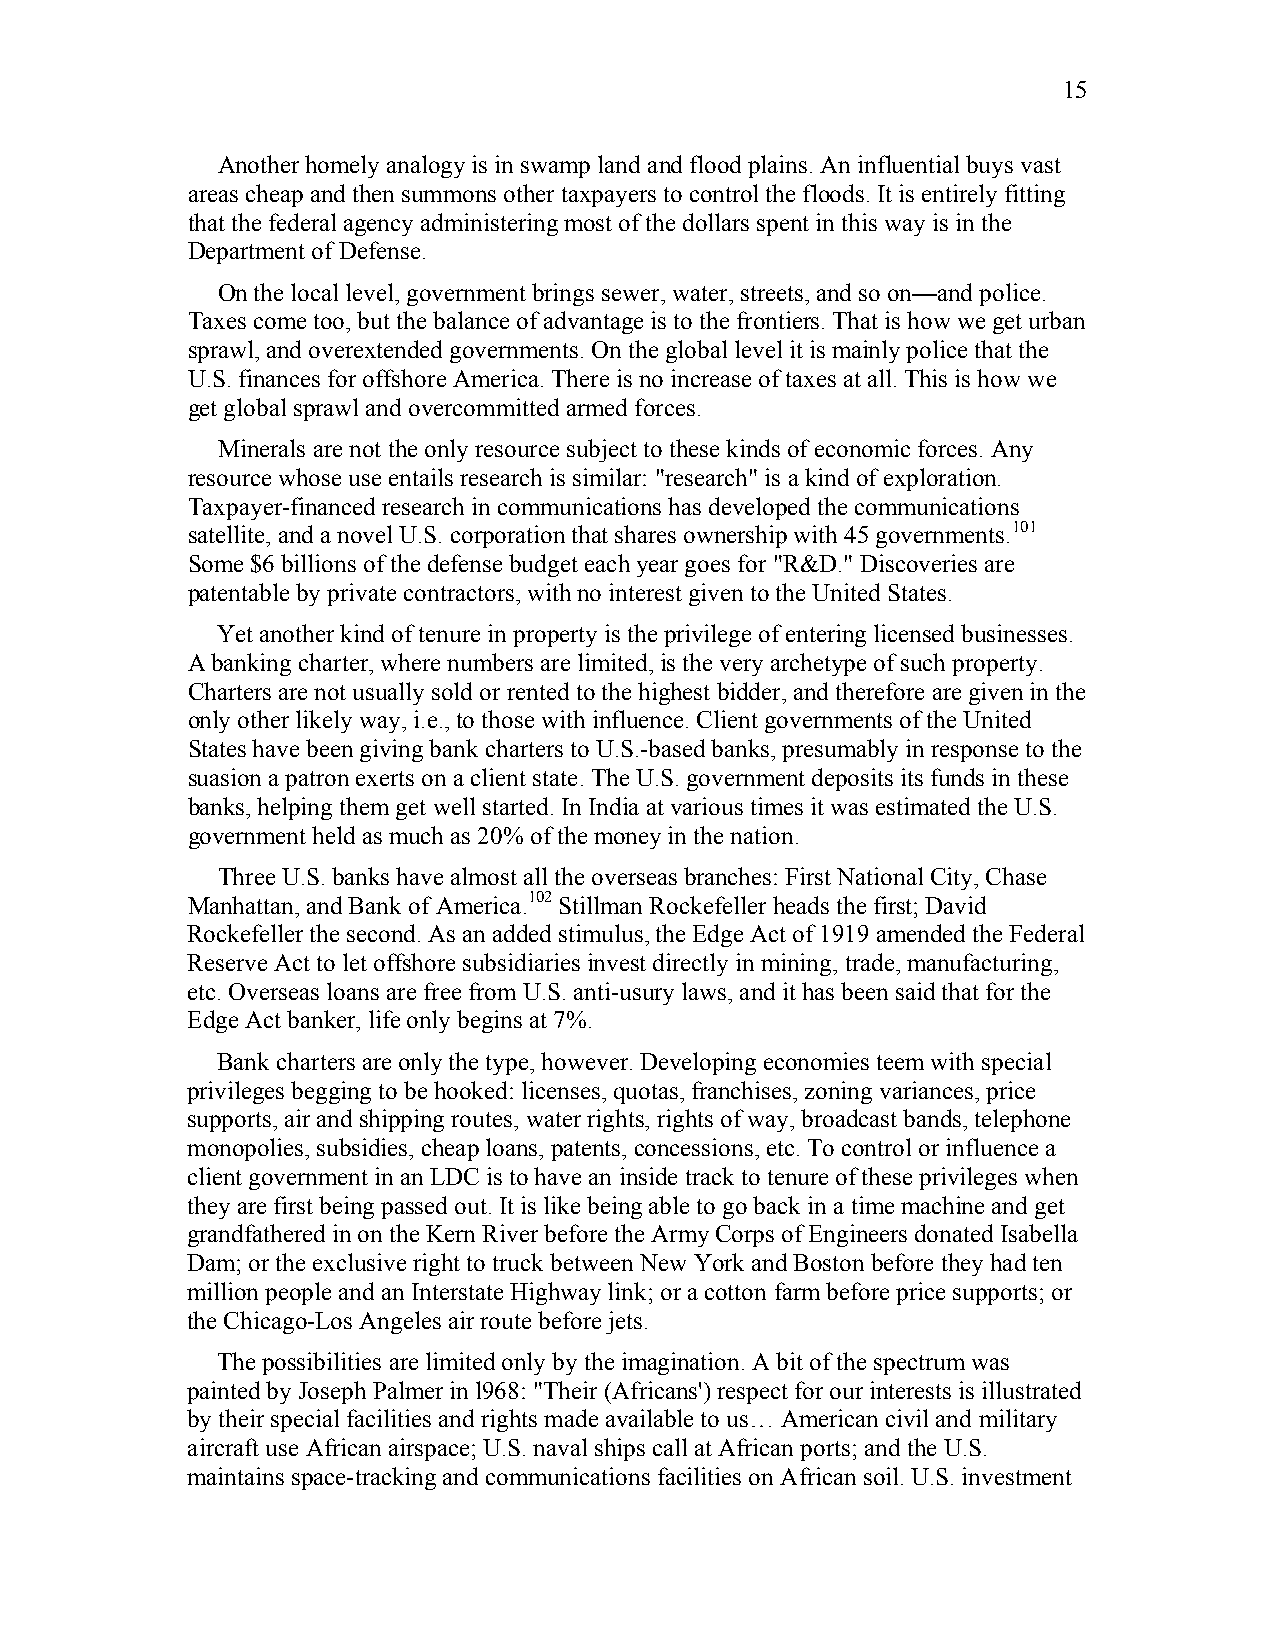
15
 Another homely analogy is in swamp land and flood plains. An influential buys vast
 areas cheap and then summons other taxpayers to control the floods. It is entirely fitting
 that the federal agency administering most of the dollars spent in this way is in the
 Department of Defense.
 On the local level, government brings sewer, water, streets, and so on—and police.
 Taxes come too, but the balance of advantage is to the frontiers. That is how we get urban
 sprawl, and overextended governments. On the global level it is mainly police that the
 U.S. finances for offshore America. There is no increase of taxes at all. This is how we
 get global sprawl and overcommitted armed forces.
 Minerals are not the only resource subject to these kinds of economic forces. Any
 resource whose use entails research is similar: "research" is a kind of exploration.
 Taxpayer-financed research in communications has developed the communications
 satellite, and a novel U.S. corporation that shares ownership with 45 governments.101
 Some $6 billions of the defense budget each year goes for "R&D." Discoveries are
 patentable by private contractors, with no interest given to the United States.
 Yet another kind of tenure in property is the privilege of entering licensed businesses.
 A banking charter, where numbers are limited, is the very archetype of such property.
 Charters are not usually sold or rented to the highest bidder, and therefore are given in the
 only other likely way, i.e., to those with influence. Client governments of the United
 States have been giving bank charters to U.S.-based banks, presumably in response to the
 suasion a patron exerts on a client state. The U.S. government deposits its funds in these
 banks, helping them get well started. In India at various times it was estimated the U.S.
 government held as much as 20% of the money in the nation.
 Three U.S. banks have almost all the overseas branches: First National City, Chase
 Manhattan, and Bank of America.102 Stillman Rockefeller heads the first; David
 Rockefeller the second. As an added stimulus, the Edge Act of 1919 amended the Federal
 Reserve Act to let offshore subsidiaries invest directly in mining, trade, manufacturing,
 etc. Overseas loans are free from U.S. anti-usury laws, and it has been said that for the
 Edge Act banker, life only begins at 7%.
 Bank charters are only the type, however. Developing economies teem with special
 privileges begging to be hooked: licenses, quotas, franchises, zoning variances, price
 supports, air and shipping routes, water rights, rights of way, broadcast bands, telephone
 monopolies, subsidies, cheap loans, patents, concessions, etc. To control or influence a
 client government in an LDC is to have an inside track to tenure of these privileges when
 they are first being passed out. It is like being able to go back in a time machine and get
 grandfathered in on the Kern River before the Army Corps of Engineers donated Isabella
 Dam; or the exclusive right to truck between New York and Boston before they had ten
 million people and an Interstate Highway link; or a cotton farm before price supports; or
 the Chicago-Los Angeles air route before jets.
 The possibilities are limited only by the imagination. A bit of the spectrum was
 painted by Joseph Palmer in l968: "Their (Africans') respect for our interests is illustrated
 by their special facilities and rights made available to us… American civil and military
 aircraft use African airspace; U.S. naval ships call at African ports; and the U.S.
 maintains space-tracking and communications facilities on African soil. U.S. investment